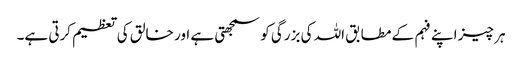
ہر چیز اپنے فہم کے مطابق اللہ کی بزرگی کو سمجھتی ہے اور خالق کی تعظیم کرتی ہے۔